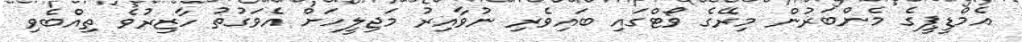
އެމްޑީޕީގެ މެންބަރުން މިރޭގެ ވޯޓްގައި ބައިވެރި ނުވާއިރު މަޖިލީހަށް އެވަގުތު ހާޒިރުވެ ތިއްބެވި